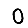
Digit: 0